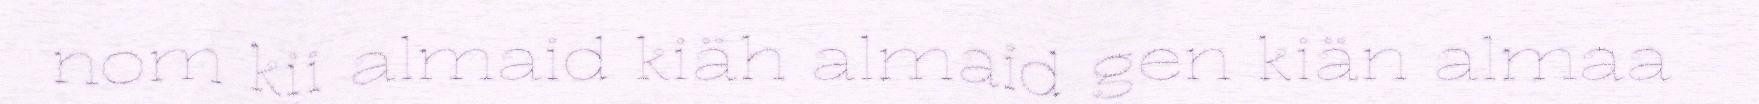
nom kii almaid kiäh almaid gen kiän almaa